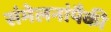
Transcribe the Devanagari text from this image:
संमेलनांपैकी